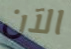
الآن